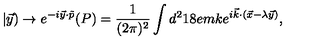
| \vec { y } ) \rightarrow e ^ { - i \vec { y } \cdot \tilde { p } } ( P ) = \frac { 1 } { ( 2 \pi ) ^ { 2 } } \int { d ^ { 2 } \kern - . 1 8 e m k } e ^ { i \vec { k } \cdot ( \vec { x } - \lambda \vec { y } ) } ,